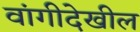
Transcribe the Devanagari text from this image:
वांगीदेखील